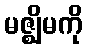
မဇ္ဈိမကို